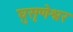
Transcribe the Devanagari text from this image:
घुसृणेश्वर